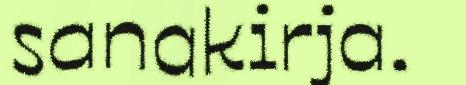
sanakirja.